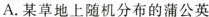
A.某草地上随机分布的蒲公英